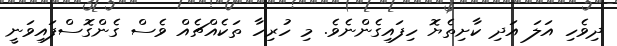
ދިވެހި އަލަ އަދި ކާށިތެޔޮ ހިފައިގެންނެވެ. މި ހުރިހާ ތަކެއްޗެއް ވެސް ގެންގޮސްފައިވަނީ